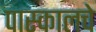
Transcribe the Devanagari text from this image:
पास्कालचे